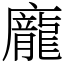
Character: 龐